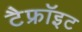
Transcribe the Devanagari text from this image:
टैफ्रॉइट